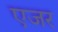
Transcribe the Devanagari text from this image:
एजर